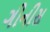
ગીનીસ